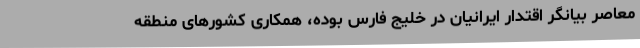
معاصر بيانگر اقتدار ايرانيان در خليج فارس بوده، همکاری کشورهای منطقه